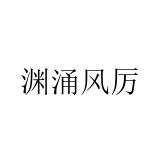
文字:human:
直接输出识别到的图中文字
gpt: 渊涌风厉